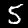
Digit: 5